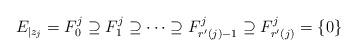
LaTeX: \begin{align*}E_{|z_j} = F^j_0 \supseteq F^j_1 \supseteq \cdots \supseteq F^j_{r'(j)-1} \supseteq F^j_{r'(j)} = \{ 0\}\end{align*}